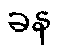
ခန